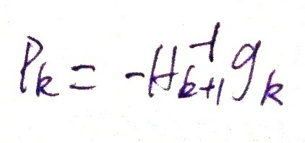
\[
p_{k}=-H_{k + 1}^{-1}g_{k}
\]